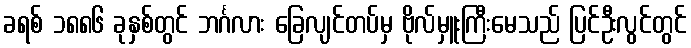
ခရစ် ၁၈၈၆ ခုနှစ်တွင် ဘင်္ဂလား ခြေလျင်တပ်မှ ဗိုလ်မှူးကြီးမေသည် ပြင်ဦးလွင်တွင်